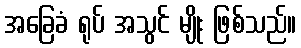
အခြေခံ ရုပ် အသွင် မျိုး ဖြစ်သည်။